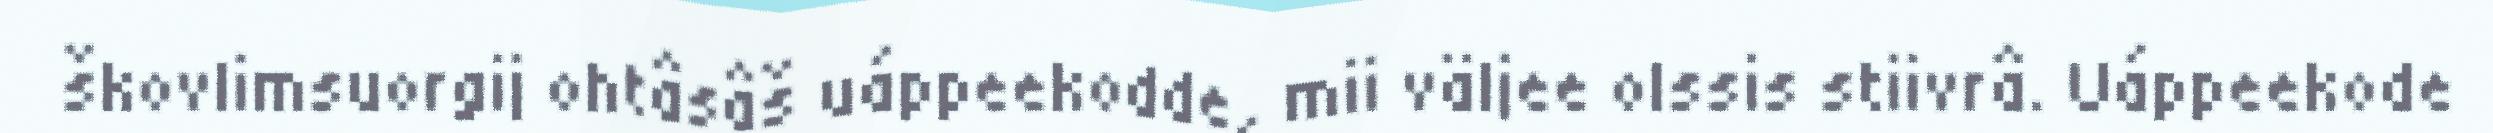
škovlimsuorgij ohtâsâš uáppeekodde, mii väljee olssis stiivrâ. Uáppeekode